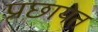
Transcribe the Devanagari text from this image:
प्रछायेत